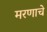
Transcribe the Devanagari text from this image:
मरणाचे